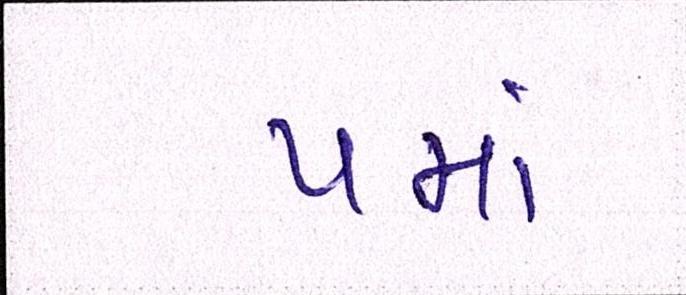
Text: પમાં